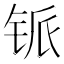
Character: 𰽸